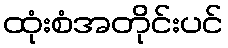
ထုံးစံအတိုင်းပင်